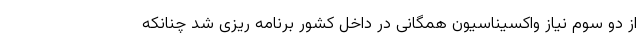
از دو سوم نیاز واکسیناسیون همگانی در داخل کشور برنامه ریزی شد چنانکه